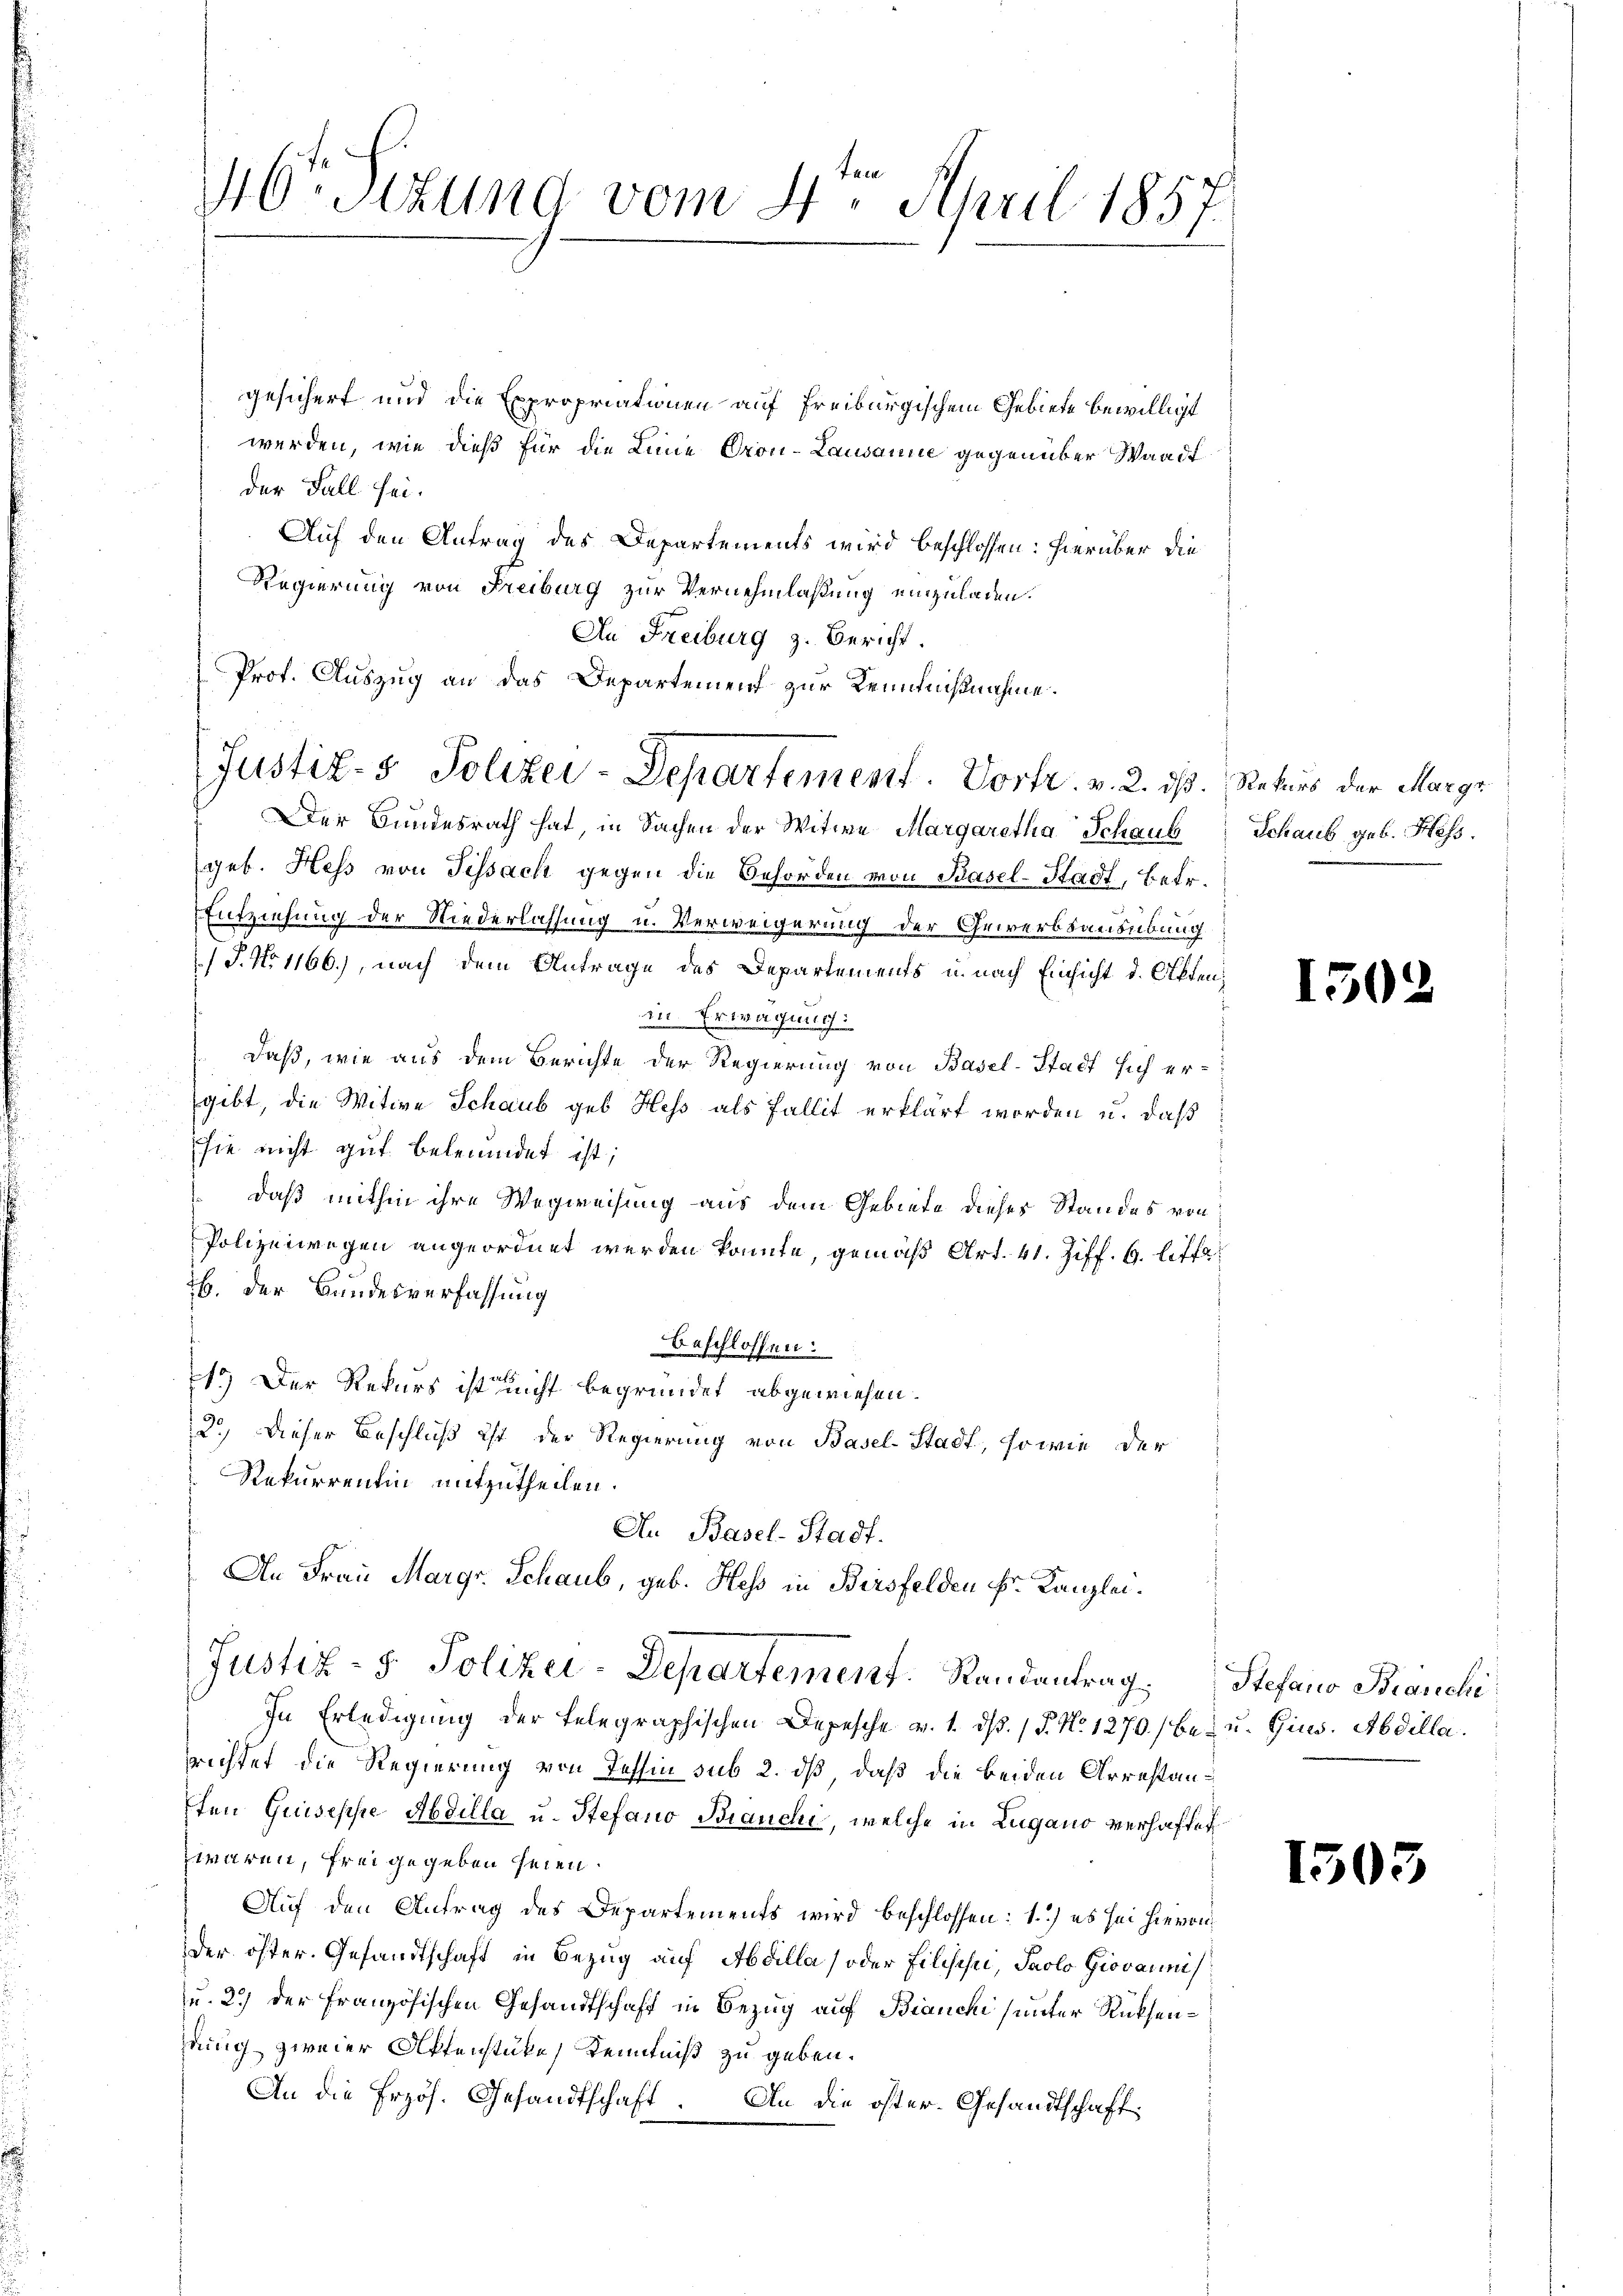
46 Sizung vom 4. April 1857.

gesichert und die Expropriationen auf Freiburgischem Gebiete bewilligt
werden, wie dieß für die Linie Oron-Lausanne gegenüber Waadt
der Fall sei.
Auf den Antrag des Departements wird beschlossen: hierüber die
Regierung von Freiburg zur Vernehmlassung einzuladen.
An Freiburg z. Bericht.
Prof. Auszug an das Departement zur Kenntnißnahme.
Der Bundesrath hat, in Sachen der Witwe Margaretha Schaub
geb. Hess von Tissach gegen die Behörden von Basel-Stadt, betr.
Entziehung der Niederlassung u. Verweigerung der Gewerbsausübung
/J. No 1166), nach dem Antrage des Departements u. nach Einsicht d. Otten,
in Erwägung.
daß, wie aus dem Berichte der Regierung von Basel-Stadt sich ergibt, die Witwe Schaub geb. Hess als Fallit erklärt worden u. daß
sie nicht gut beleumdet ist;
daß mithin ihre Wegweisung aus dem Gebiete dieses Standes von
Polizeiwegen angeordnet werden könnte, gemäß Art. 41. Ziff. 9. liff
26. der Bundesverfassung
beschlossen:
1.) Der Rekurs ist nicht begründet abgewiesen.
2.) Dieser Beschluß ist der Regierung von Basel-Stadt, sowie der
Rekurrentin mitzutheilen.
An Basel-Stadt.
An Frau Margr. Schaub, geb. Hess in Birsfelden Fr. Kanzlei.
Justiz- & Polizei-Departement. Randantrag Stefano Branchi
In Erledigŭng der telegraphischen Depesche v. 1. dβ. / P. Nr. 1270) be- u. Gins. Abdilla.
richtet die Regierung von Tessin sub 2. dß, daß die beiden Arrestanften Guiseppe Abdilla u. Stefano Bianchi, welche in Lugano verhaftet
waren, freigegeben seien.
Auf den Antrag des Departements wird beschlossen: 1) es sei hievon
der öster. Gesandtschaft in Bezug auf Abdilla (oder Filische, Paolo Giovannis
u. 2.) der Französischen Gesandtschaft in Bezug auf Bianchi (unter Rücksenhrung zweier Aktenstüke Kenntniß zu geben.
An die Erzös. Gesandtschaft. An die öster-Gesandtschaft

Justiz- & Polizei-Departement. Vortr. v. 2. dß. Rekurs der Margr

Schaub geb. Hess.

150.

1503